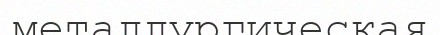
металлургическая